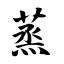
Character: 蒸